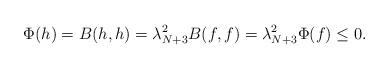
LaTeX: \begin{align*}\Phi(h) =B(h,h) = \lambda_{N+3}^2 B(f,f) = \lambda_{N+3}^2 \Phi(f) \le 0.\end{align*}